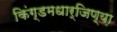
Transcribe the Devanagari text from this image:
किंग्डमधार्जिण्या